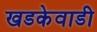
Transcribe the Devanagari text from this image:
खडकेवाडी